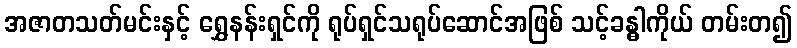
အဇာတသတ်မင်းနှင့် ရွှေနန်းရှင်ကို ရုပ်ရှင်သရုပ်ဆောင်အဖြစ် သင့်ခန္ဓါကိုယ် တမ်းတ၍